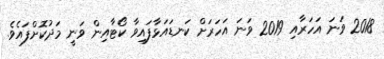
2018 ވަނަ އަހަރާއި 2019 ވަނަ އަހަރަށް ކަނޑައަޅާފައިވާ ކޯޓާއިން ވަނީ މަދުކޮށްފައެވެ.